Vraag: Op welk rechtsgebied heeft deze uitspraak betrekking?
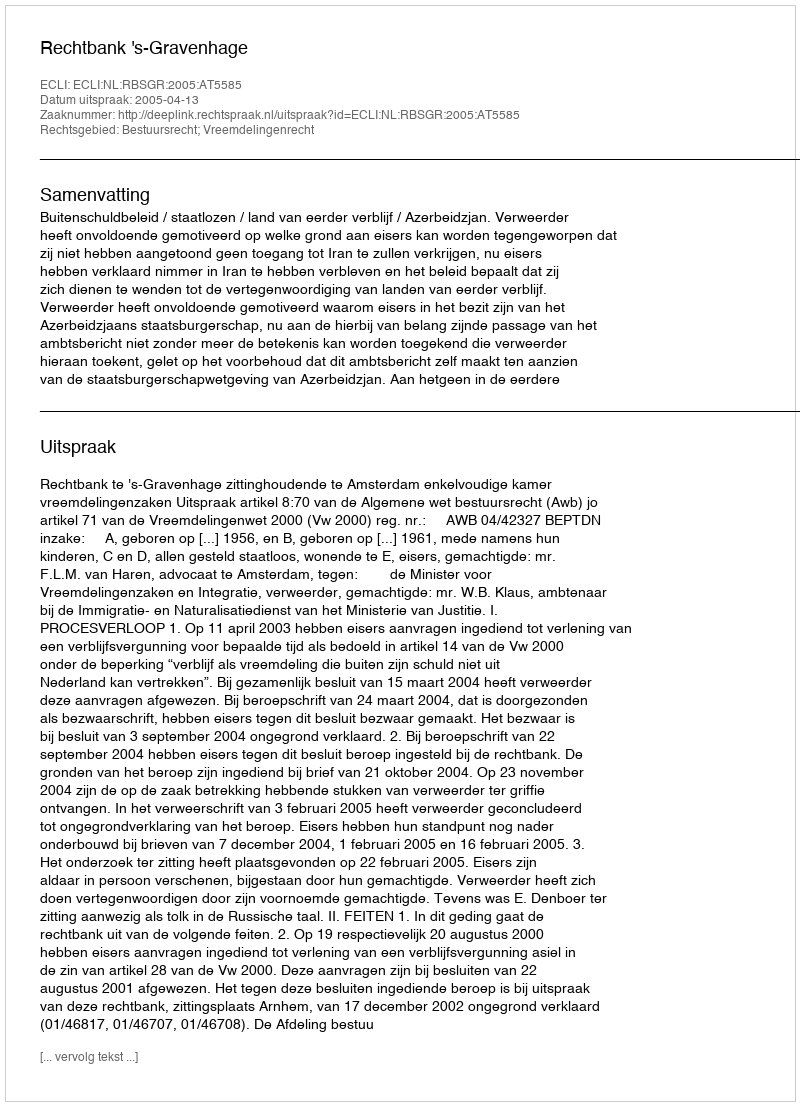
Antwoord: Bestuursrecht; Vreemdelingenrecht